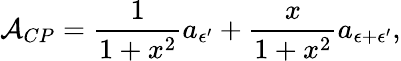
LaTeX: {\cal A}_{CP}=\frac{1}{1+x^{2}}a_{{\epsilon}^{\prime}}+\frac{x}{1+x^{2}}a_{{\epsilon}+{\epsilon}^{\prime}},